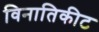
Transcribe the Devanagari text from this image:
विनातिकीट